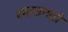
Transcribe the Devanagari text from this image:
सल़्तनतों